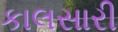
કાલસારી